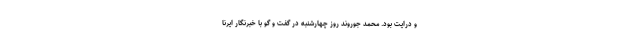
و درایت بود. محمد جوروند روز چهارشنبه در گفت و گو با خبرنگار ایرنا